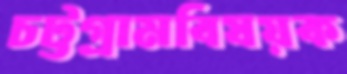
চট্টগ্রামবিষয়ক